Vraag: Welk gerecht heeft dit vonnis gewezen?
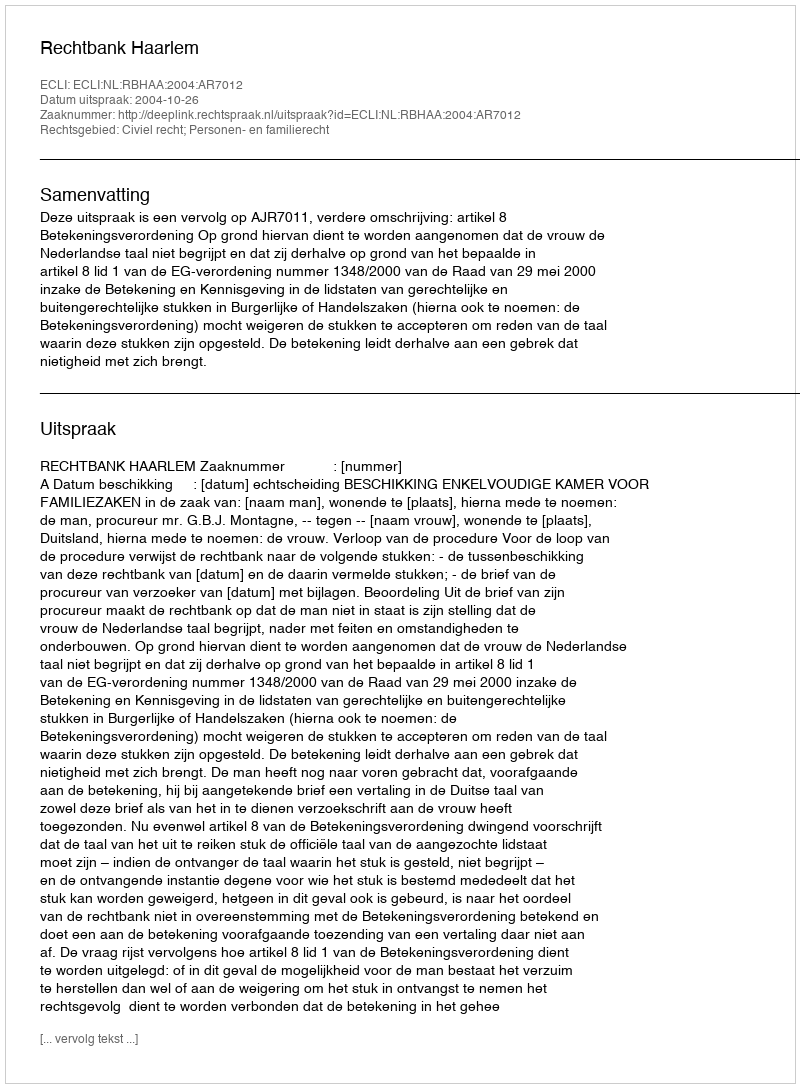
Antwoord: Rechtbank Haarlem